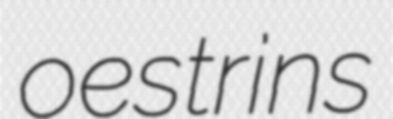
oestrins